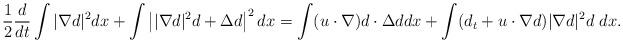
LaTeX: \begin{align*}\frac{1}{2} \frac{d}{dt}\int |\nabla d|^2 dx+\int \left||\nabla d|^2 d+\Delta d\right|^2dx=\int (u\cdot \nabla)d \cdot \Delta d dx+\int(d_t+u\cdot \nabla d)|\nabla d|^2 d \ dx.\end{align*}